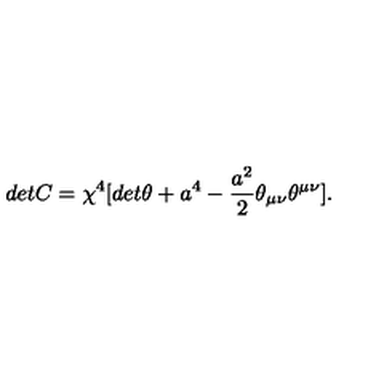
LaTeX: d e t C = { \chi } ^ { 4 } [ d e t { \theta } + a ^ { 4 } - \frac { a ^ { 2 } } { 2 } { \theta } _ { { \mu } { \nu } } { \theta } ^ { { \mu } { \nu } } ] .